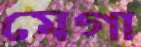
মেগা